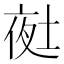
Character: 𭎲